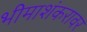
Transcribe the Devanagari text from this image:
भीमाशंकरावर